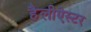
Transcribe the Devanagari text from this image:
हैलीऐस्टर